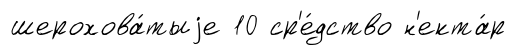
шерохова́тыjе 10 ср'е́дство н'екта́р